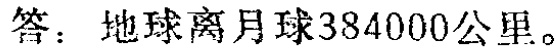
答：地球离月球384000公里。